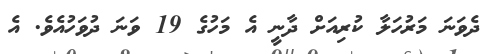
ދެވަނަ މަރުހަލާ ކުރިއަށް ދާނީ އެ މަހުގެ 19 ވަނަ ދުވަހުއެވެ. އެ